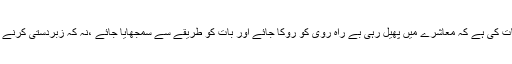
جبکہ ضرورت اس بات کی ہے کہ معاشرے میں پھیل رہی بے راہ روی کو روکا جائے اور بات کو طریقے سے سمجھایا جائے ،نہ کہ زبردستی کرنے کی کوشش کی جائے۔